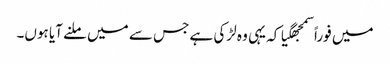
میں فوراً سمجھگیا کہ یہی وہ لڑکی ہے جس سے میں ملنے آیا ہوں۔